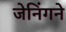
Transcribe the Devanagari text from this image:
जेनिंगने